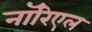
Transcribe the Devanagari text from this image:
नॉरिएल